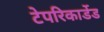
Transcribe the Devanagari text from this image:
टेपरिकार्डेड